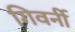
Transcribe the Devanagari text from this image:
गिवर्नी